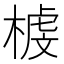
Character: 榩